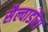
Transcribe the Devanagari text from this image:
सैल्वाडॉरा